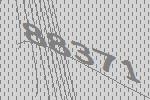
88371